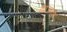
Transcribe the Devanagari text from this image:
थाउनके